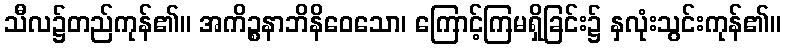
သီလ၌တည်ကုန်၏။ အကိဉ္စနာဘိနိဝေသော၊ ကြောင့်ကြမရှိခြင်း၌ နှလုံးသွင်းကုန်၏။